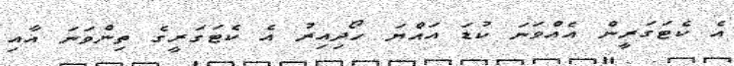
އެ ކެޓަގަރީން އެއްވަނަ ކުޑަ އައްޔަ ހޯދިއިރު އެ ކެޓަގަރީގެ ތިންވަނަ އާއި